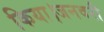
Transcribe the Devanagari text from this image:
किया।जनवरी